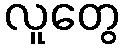
လူတွေ